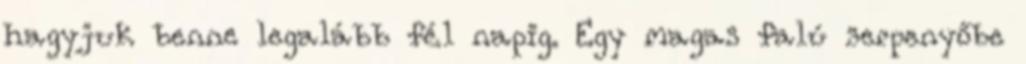
hagyjuk benne legalább fél napig. Egy magas falú serpenyőbe